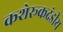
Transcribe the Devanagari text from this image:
कशेरूकदंडीय